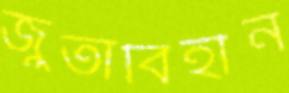
জুতাবিহীন